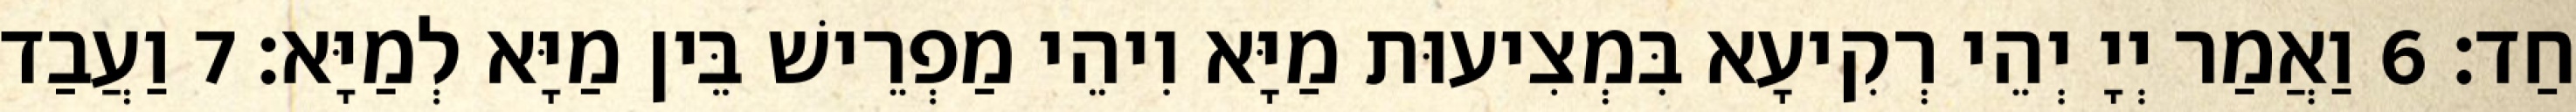
חַד׃ 6 וַאֲמַר יְיָ יְהֵי רְקִיעָא בִּמְצִיעוּת מַיָּא וִיהֵי מַפְרֵישׁ בֵּין מַיָּא לְמַיָּא׃ 7 וַעֲבַד